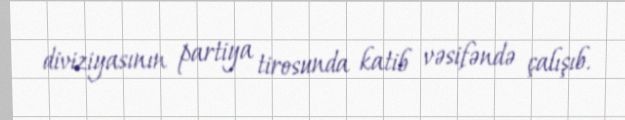
diviziyasının partiya tirosunda katib vəsifəndə çalışıb.